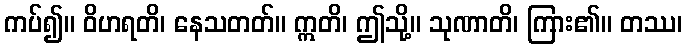
ကပ်၍။ ဝိဟရတိ၊ နေသတတ်။ ဣတိ၊ ဤသို့။ သုဏာတိ၊ ကြား၏။ တဿ၊